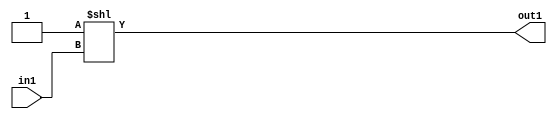
`timescale 1ps / 1ps
/*****************************************************************************
    Verilog RTL Description
    
    Generated at: 00:45:42 EST (-0500), Thursday 19 November 2020
    Generated on: zhang-x1.ece.cornell.edu
    Generated by: jl3952 (Jie Liu)
    
    Created by: Stratus DpOpt 2017.1.02 
    Copyright (c) 2014-2015 Cadence Design Systems. All rights reserved worldwide.
    
    Cadence Design Systems proprietary and confidential
    ===================================================
    
    May contain information that incorporates Cadence Design Systems CellMath
    and other inventions claimed in Pending U.S. Patents.
    
    May contain Cadence Design Systems Trade Secrets of which use, disclosure or
    reproduction is contractually restricted or prohibited.  For more
    information, contact your legal department before any use, disclosure or
    reproduction.
*******************************************************************************/

module dut_DECODE_4U_4_4 (
	in1,
	out1
	); /* architecture "behavioural" */ 
input [1:0] in1;
output [3:0] out1;
wire [3:0] asc001;

assign asc001 = 4'B0001 << in1;

assign out1 = asc001;
endmodule

/* CADENCE  urb1TA0= : u9/ySgnYtBlWxVDRUQkU4ug= ** DO NOT EDIT THIS LINE ******/